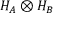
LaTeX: H _ { A } \otimes H _ { B }